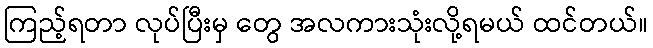
ကြည့်ရတာ လုပ်ပြီးမှ တွေ အလကားသုံးလို့ရမယ် ထင်တယ်။